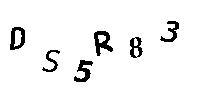
DS5R83